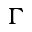
\Gamma